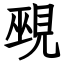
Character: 覡